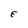
Character: E